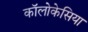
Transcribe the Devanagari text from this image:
कॉलोकेसिया